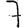
Digit: 7